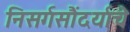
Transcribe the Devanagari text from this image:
निसर्गसौंदर्याचे